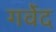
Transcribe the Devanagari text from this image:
गर्वेद